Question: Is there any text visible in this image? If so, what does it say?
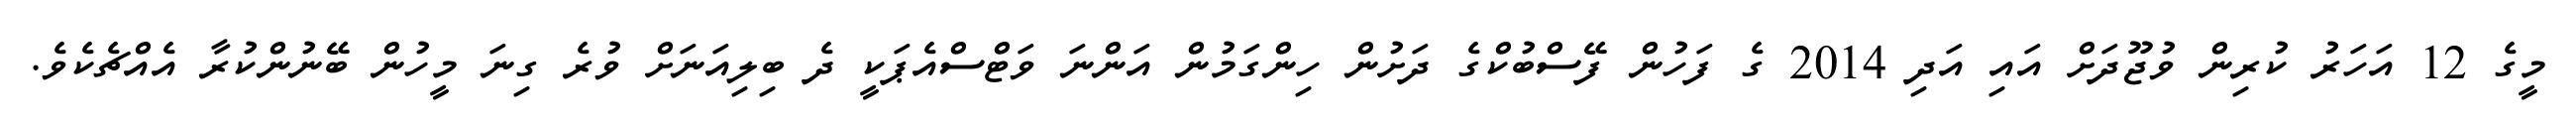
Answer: މީގެ 12 އަހަރު ކުރިން ވުޖޫދަށް އައި އަދި 2014 ގެ ފަހުން ފޭސްބުކްގެ ދަށުން ހިންގަމުން އަންނަ ވަޓްސްއެޕަކީ ދެ ބިލިއަނަށް ވުރެ ގިނަ މީހުން ބޭނުންކުރާ އެއްޗެކެވެ.